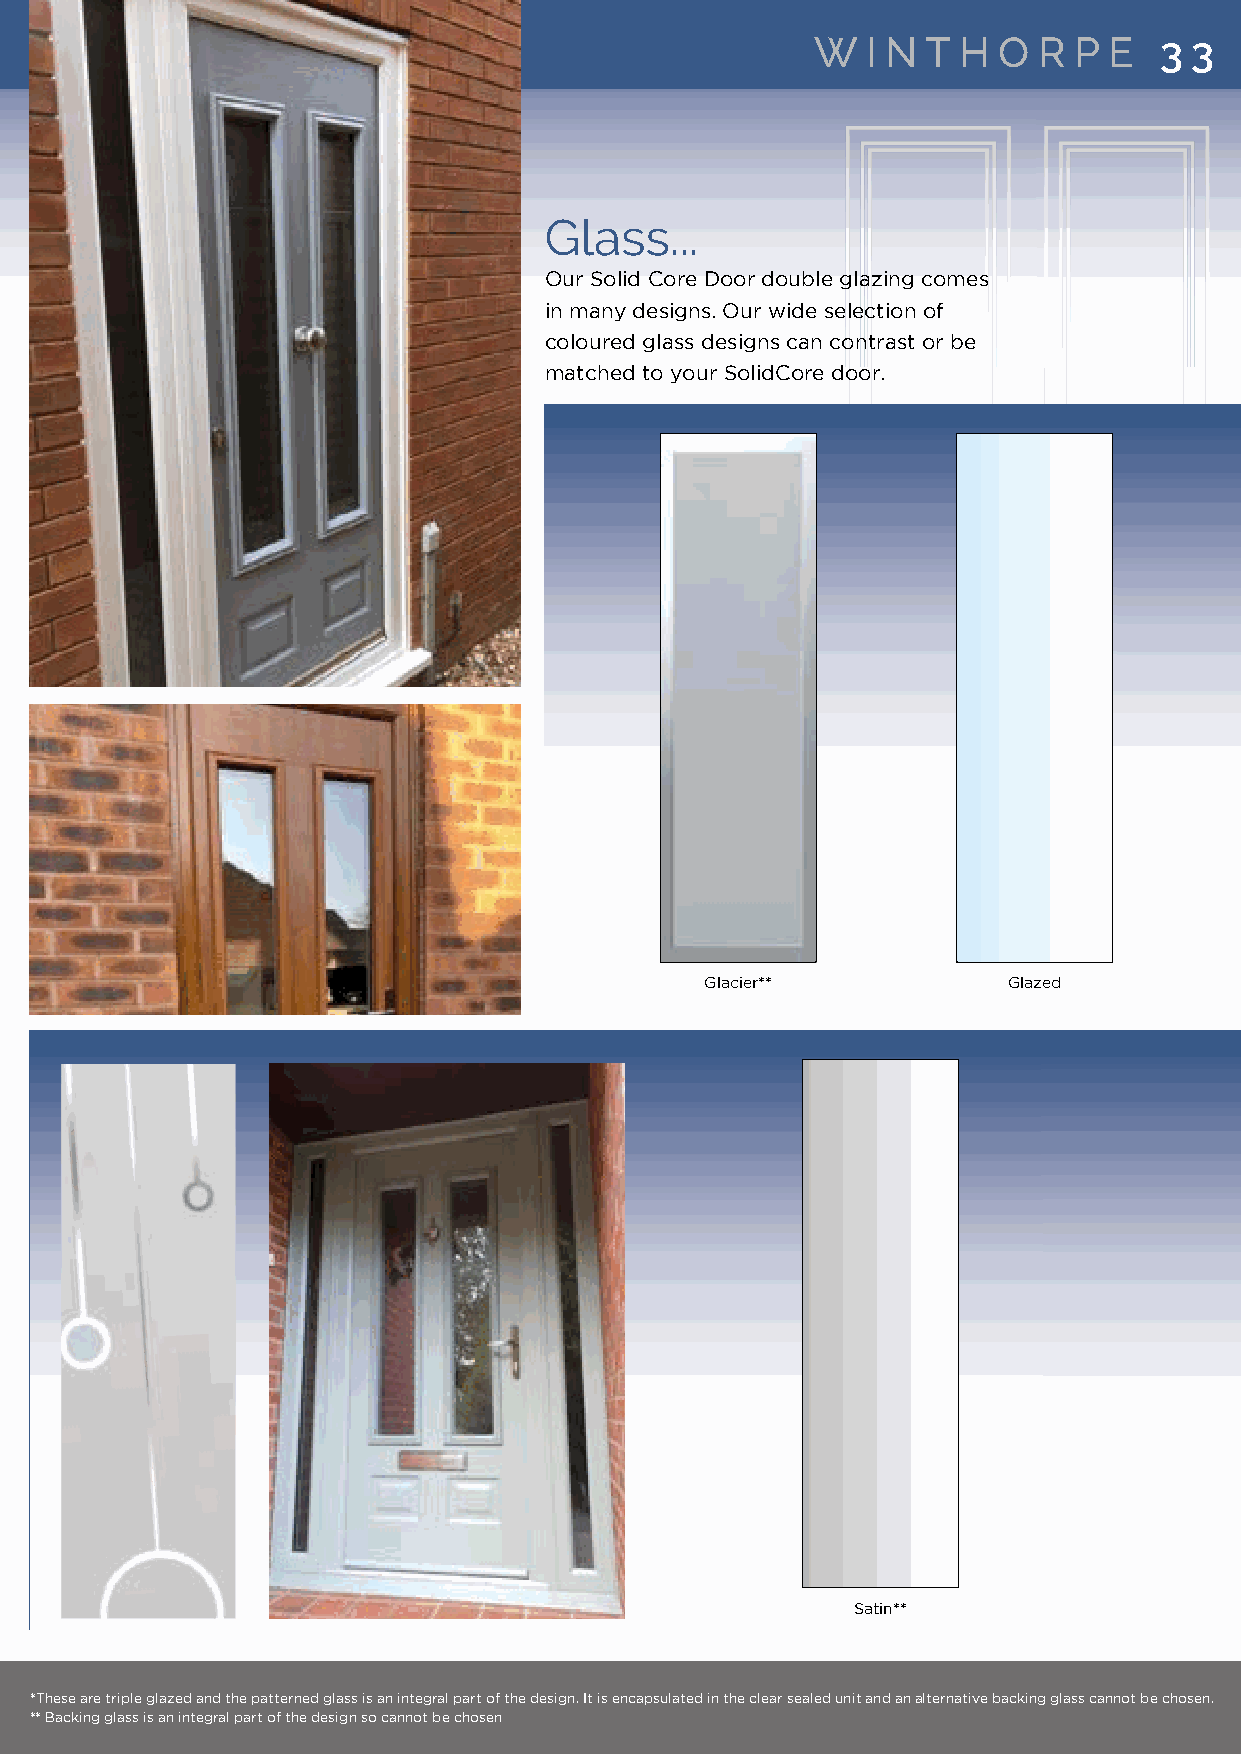
WW II NN TT HH OO RR PP EE 33 33
 GGllaassss......
 OOuurr SSoolliidd CCoorree DDoooorr ddoouubbllee ggllaazziinngg ccoommeess
 iinn mmaannyy ddeessiiggnnss.. OOuurr wwiiddee sseelleeccttiioonn ooff
 ccoolloouurreedd ggllaassss ddeessiiggnnss ccaann ccoonnttrraasstt oorr bbee
 mmaattcchheedd ttoo yyoouurr SSoolliiddCCoorree ddoooorr..
 GGllaacciieerr****  GGllaazzeedd
 Satin**   Satin**  Sphere**
 **TThheessee aarree ttrriippllee ggllaazzeedd aanndd tthhee ppaatttteerrnneedd ggllaassss iiss aann iinntteeggrraall ppaarrtt ooff tthhee ddeessiiggnn.. IItt iiss eennccaappssuullaatteedd iinn tthhee cclleeaarr sseeaalleedd uunniitt aanndd aann aalltteerrnnaattiivvee bbaacckkiinngg ggllaassss ccaannnnoott bbee cchhoosseenn..
 **** BBaacckkiinngg ggllaassss iiss aann iinntteeggrraall ppaarrtt ooff tthhee ddeessiiggnn ssoo ccaannnnoott bbee cchhoosseenn